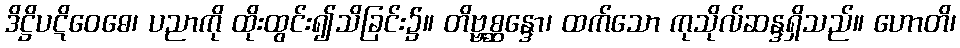
ဒိဋ္ဌိပဋိဝေဓေ၊ ပညာကို ထိုးထွင်း၍သိခြင်း၌။ တိဗ္ဗစ္ဆန္ဒော၊ ထက်သော ကုသိုလ်ဆန္ဒရှိသည်။ ဟောတိ၊